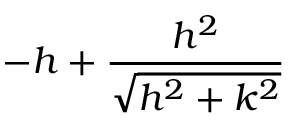
- h + \frac { h ^ { 2 } } { \sqrt { h ^ { 2 } + k ^ { 2 } } }